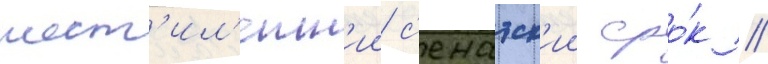
шест'ил'етн'ии с'енатск'ии сро́к //